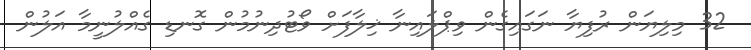
32 މިލިޔަން ރުފިޔާ ނަގައިގެން ވިޕްލައިނާ ޚިލާފަށް ވޯޓުދިނުމުން ގޮނޑި ގެއްލުނީމާ އަލުން